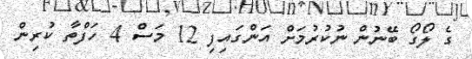
ގެ ލޯގޯ ބޭނުން ނުކުރުމަށް އަންގައިފި 12 މަސް 4 ހަފްތާ ކުރިން